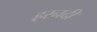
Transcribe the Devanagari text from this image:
हरनदी